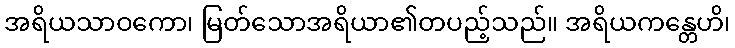
အရိယသာဝကော၊ မြတ်သောအရိယာ၏တပည့်သည်။ အရိယကန္တေဟိ၊